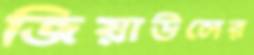
জিয়াউলের